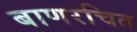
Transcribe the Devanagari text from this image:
बाणरचित